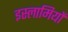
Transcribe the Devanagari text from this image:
इस्लामियों